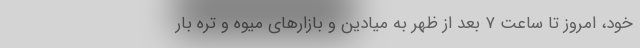
خود، امروز تا ساعت ۷ بعد از ظهر به میادین و بازارهای میوه و تره بار